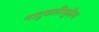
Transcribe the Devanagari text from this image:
नाटुकलीमुळेच